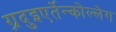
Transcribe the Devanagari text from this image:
ग़्रदुइएर्तेन्कोल्लेग